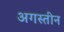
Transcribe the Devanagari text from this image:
अगस्तीन